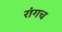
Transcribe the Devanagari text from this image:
रांगच